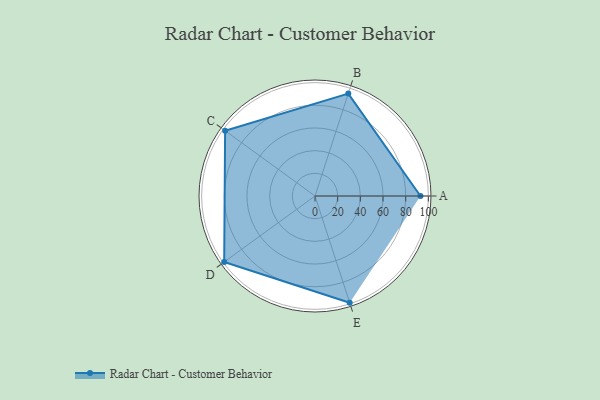
{"axis": {"x": "Skill", "y": "Score"}, "legend": ["Profile"], "data": [{"x": "A", "y": 93.0, "type": "Profile"}, {"x": "B", "y": 95.0, "type": "Profile"}, {"x": "C", "y": 98.0, "type": "Profile"}, {"x": "D", "y": 99, "type": "Profile"}, {"x": "E", "y": 99, "type": "Profile"}]}